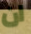
ان